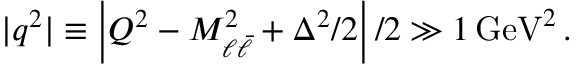
| q ^ { 2 } | \equiv \left| { \cal Q } ^ { 2 } - M _ { \ell \bar { \ell } } ^ { 2 } + \Delta ^ { 2 } / 2 \right| / 2 \gg 1 \, \mathrm { G e V } ^ { 2 } \, .